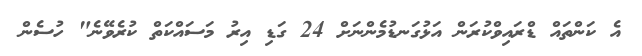
އެ ކަންތައް ޑްރައިވްކުރަން އަޅުގަނޑުމެންނަށް 24 ގަޑި އިރު މަސައްކަތް ކުރެވޭނެ" ހުސެން